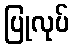
ပြုလုပ်